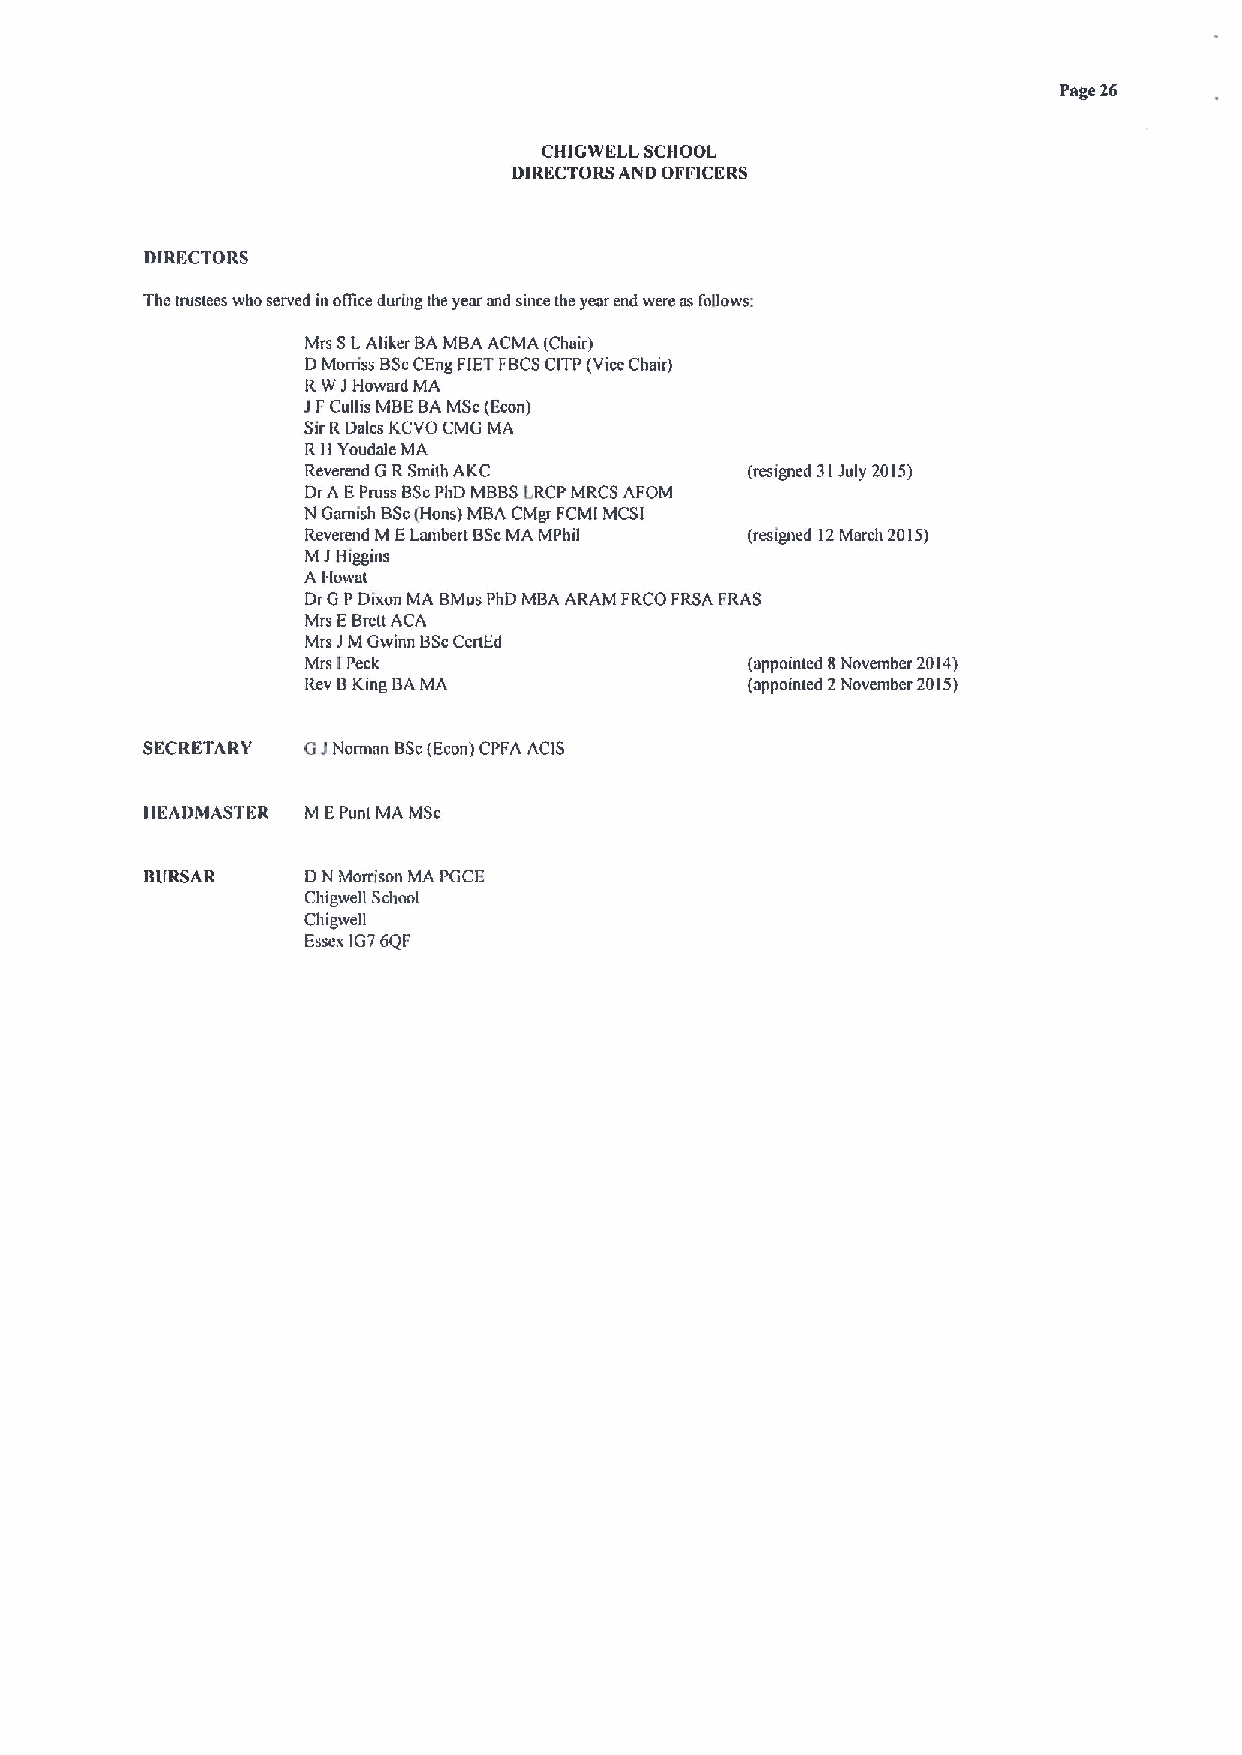
Page 26
 CHIGWELL SCHOOL
 DIRECTORS AND OFFICERS
 DIRECTORS
 The trustees who served inoffice during the year and since the year end were ns follows:
 Mrs SLAliker BAMBA ACMA (Chair)
 DMorriss BScCEng FIETFBCSCITP(ViceChair)
 RWJHoward MA
 JFCullis MBEBAMSc(Econ)
 SirRDnlcs KCVO CMG MA
 R14Youdale MA
 Reverend G RSmith AKC         (resigned 31July 2015)
 DrA EPruss BScPhD MBBSLRCP MRCS AFOM
 N Garnish BSc (Hone) MBA CMgr FCMI MCSI
 Reverend M ELambert BScMA MPhil (resigned 12March 2015)
 MJHiggins
 A I.lower
 DrGPDixon MA BMus PhD MBA ARAM FRCO FRSA FRAS
 Mrs EBrett ACA
 Mrs JMGwinn BScCenEd
 Mrs IPeck                     (appoinled 8November 2014)
 Rev BKing BAMA                (appointed 2November 2015)
 SECRETARY  GINommn BSc(Econ)CPFA ACIS
 HEADMASTER M EPunt MA MSc
 B(1RSAR   DN Morrison MA PGCE
 Chigwell Scbool
 Chigwell
 Essex IG76QF